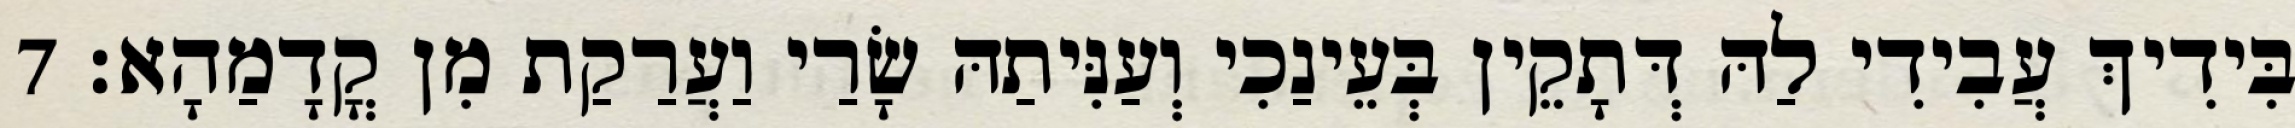
בִּידִיךְ עֲבִידִי לַהּ דְּתָקֵין בְּעֵינַכִי וְעַנִּיתַהּ שָׂרַי וַעֲרַקַת מִן קֳדָמַהָא׃ 7